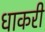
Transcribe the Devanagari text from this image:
धाकरी